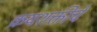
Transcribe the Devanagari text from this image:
क्रयशक्तीचे